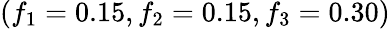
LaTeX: (f_{1}=0.15,f_{2}=0.15,f_{3}=0.30)